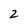
Character: 2